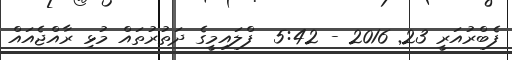
ފެބްރުއަރީ 23